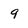
Character: 9